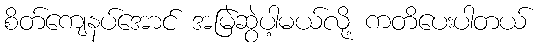
စိတ်ကျေနပ်အောင် အမြဲဆွဲပါ့မယ်လို့ ကတိပေးပါတယ်